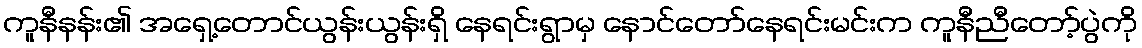
ကူနီနန်း၏ အရှေ့တောင်ယွန်းယွန်းရှိ နေရင်းရွာမှ နောင်တော်နေရင်းမင်းက ကူနီညီတော့်ပွဲကို